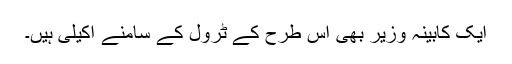
ایک کابینہ وزیر بھی اس طرح کے ٹرول کے سامنے اکیلی ہیں۔